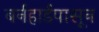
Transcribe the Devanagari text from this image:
बर्नहार्डपासून